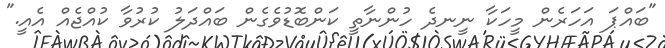
"ބައްޕަ އަހަރެން މީހަކާ ނީނދެ ހުންނާތީ ކަންބޮޑުވެގެން ބައްދަލު ކުރުވާ ކުއްޖެއް އެއީ."